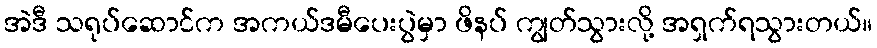
အဲဒီ သရုပ်ဆောင်က အကယ်ဒမီပေးပွဲမှာ ဖိနပ် ကျွတ်သွားလို့ အရှက်ရသွားတယ်။